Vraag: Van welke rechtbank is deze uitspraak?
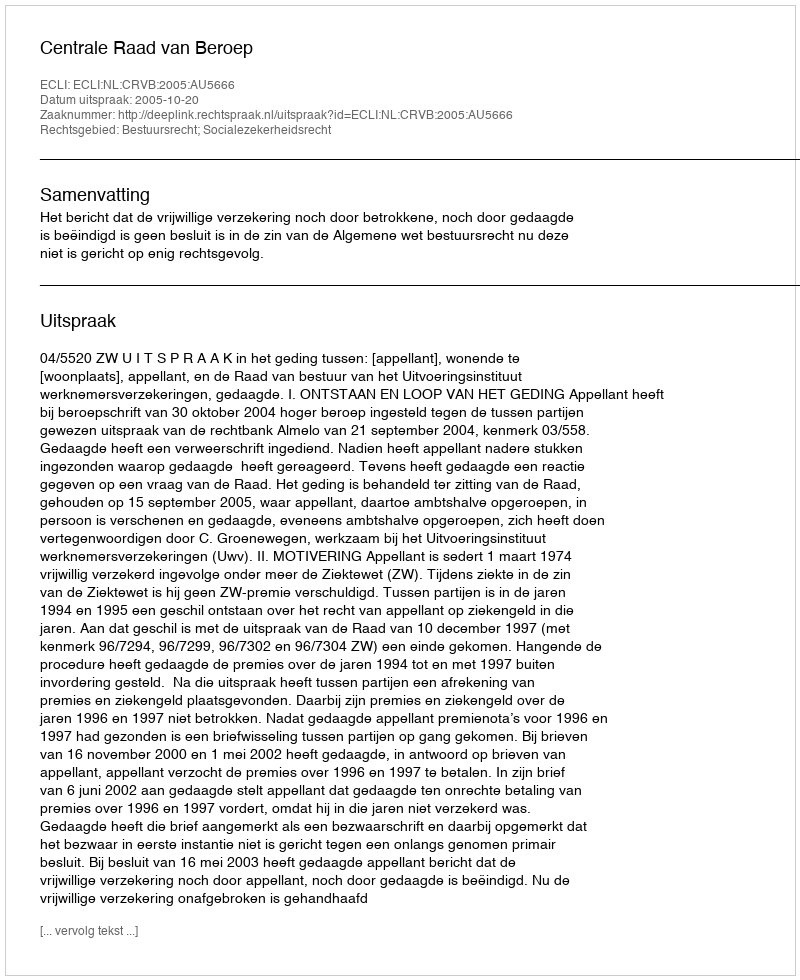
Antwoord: Centrale Raad van Beroep